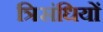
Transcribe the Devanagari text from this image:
त्रिसंधियों